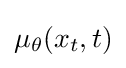
\mu _{\theta }(x_{t},t)